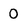
Character: 0